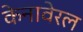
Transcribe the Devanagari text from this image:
केनावेरल